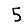
Digit: 5